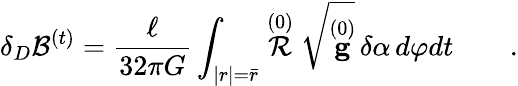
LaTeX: \delta_{D}{\cal B}^{(t)}=\frac\ell{32\pi G}\int_{|r|=\bar{r}}\stackrel{(0)}{\cal R}\sqrt{\stackrel{(0)}{\mathbf g}}\, \delta\alpha\, d\varphi dt\qquad.